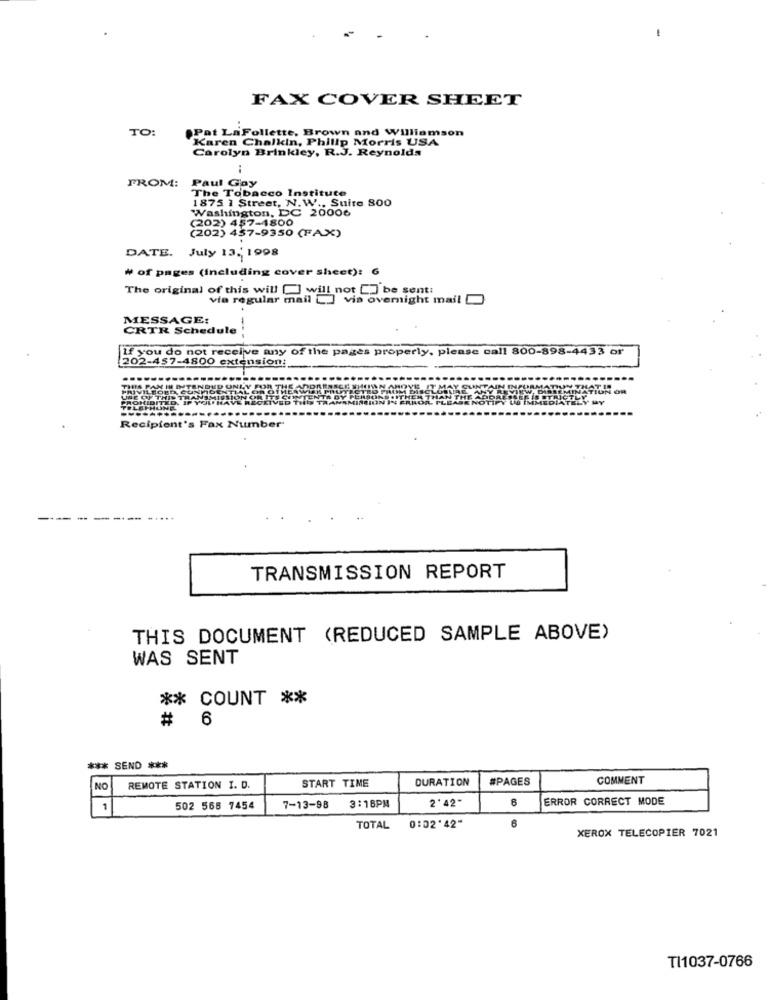
FAX COVER SHEET
TO:
Pat LaFollette, Brown and Williamson
Karen Chalkin, Philip Morris USA
Carolyn Brinkley, R.J. Reynolds
Paul Gay
FROM:
The Tobacco Institute
1875 1 Street, N. W ., Suite 800
Washington, DC 20006
(202) 457-1800
(202) 457-9350 (FAX)
DATE. July 13 ., 1998
₦ of pages (Including cover sheet): G
The original of this will [] will not [] be sent:
via regular mail _] via overnight mail
MESSAGE:
CRTR Schedule
If you do not receive any of the pages properly, please call 800-898-4433 or
202-457-4800 extension:
PAR IN DE
PROHIBITED.
UNE OF THIS THA
Recipient's Fax Number-
---- --
TRANSMISSION REPORT
THIS DOCUMENT (REDUCED SAMPLE ABOVE)
WAS SENT
** COUNT **
# 6
*** SEND ***
START TIME
DURATION
#PAGES
COMMENT
NO
REMOTE STATION I. D.
2' 42"
ERROR CORRECT MODE
1
502 568 7454
7-13-98
3:16PM
6
TOTAL
0:02'42"
XEROX TELECOPIER 7021
TI1037-0766